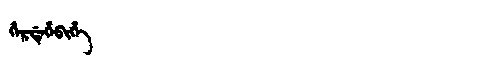
Manchu: ᡥᡝᡵᡩᡝᡥᡝᠪᡳᡥᡝ
Romanization: HERDEHEBIHE